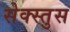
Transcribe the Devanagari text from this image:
सेक्स्तुस